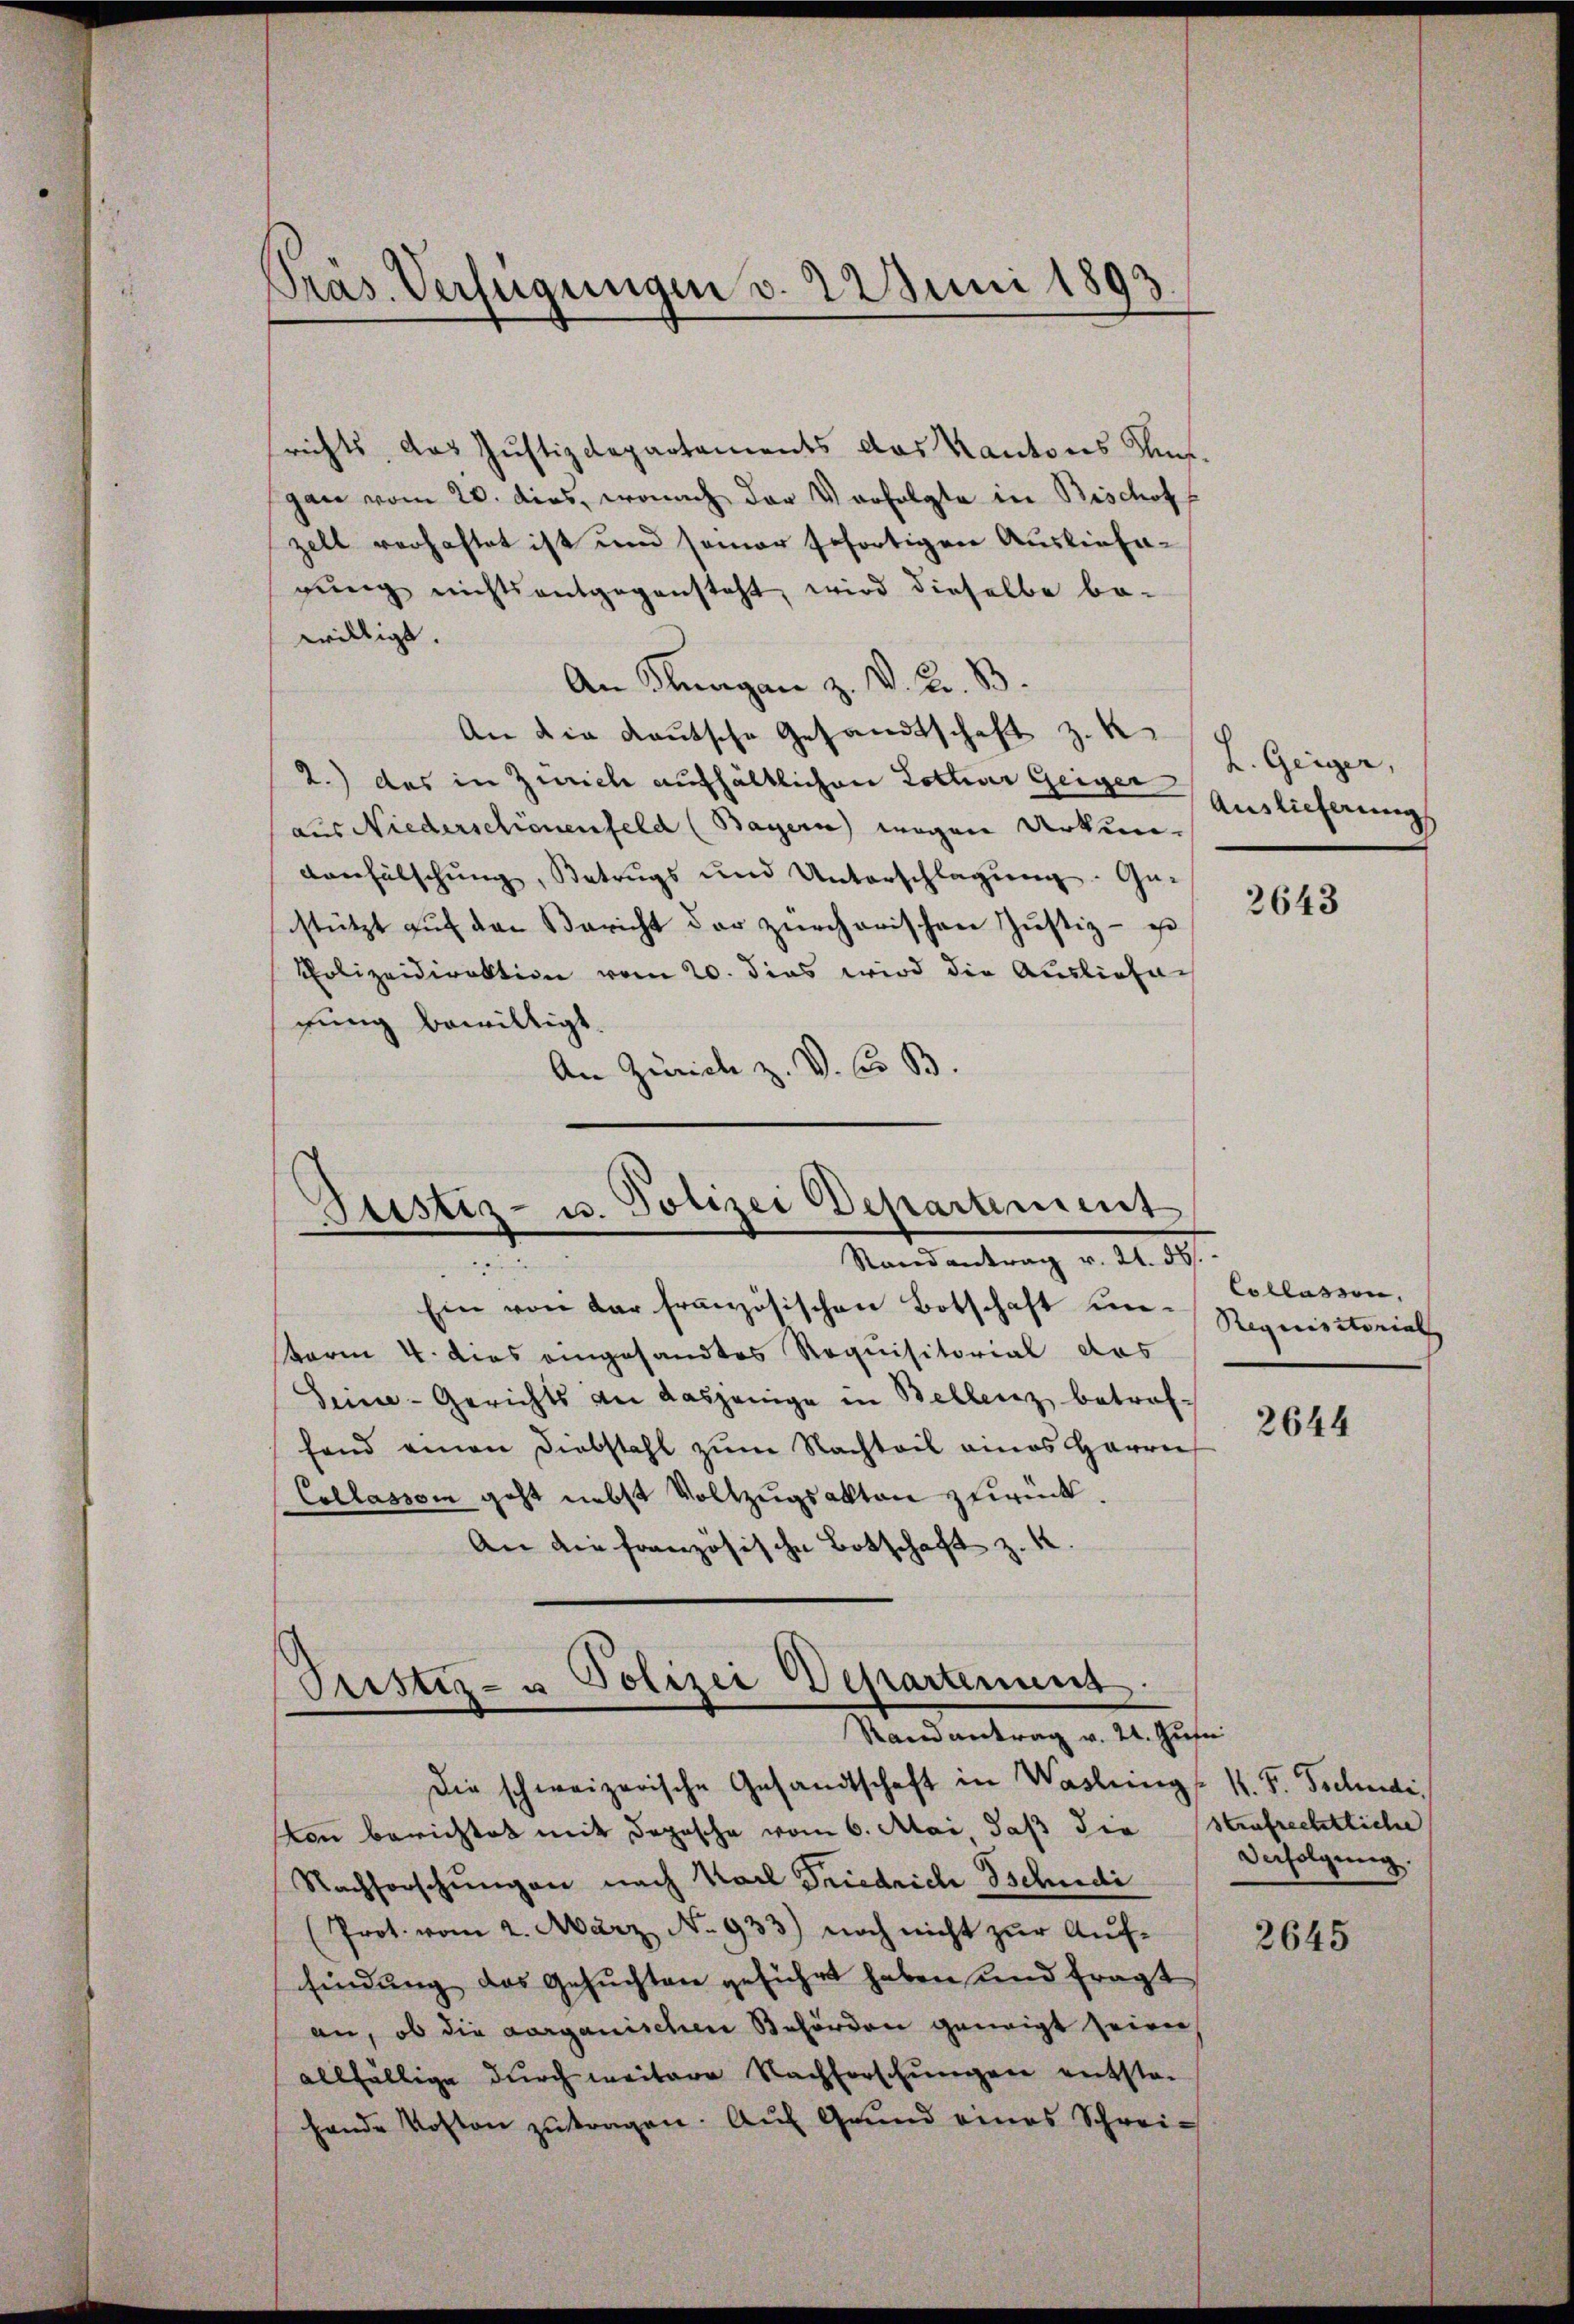
Präs. Verfügungen v. 22 Juni 1893

srichts, das Justizdepartements das Kantons Aus-
gan vom 20. dies, wonach der Vorfolgte in Bischof
zell verhaftet ist und seiner sofortigen Ausliefegung nichtsantgegensteht, wird dieselbe be-
willigt.
An Fragen z. V. K. B.
An die Kautsche Gesandtschaft z. R.
2.) das in Zürich aufhältlichen Lothur Geiger Auslieferung
aus Niederschienenfeld (Bayern) wegen Urkun¬
Canfälschung, Betrugs und Unterschlagung. Ge-
stützt auf den Bericht der zürcherischen Justiz- u
Polizeidirektion vom 20. dies wird die Ausliefer
gung bewilligt.
An Zürich z. V. C. B.

Justiz- u. Polizei Departement
Randantrag v. 21. ds.

Ptistiz- u Polizei Departenung.
Randantrag v. 21. Jus

Ein von der französischen Botschaft un¬
Form 4. dies eingesandtes Requisitorial das
Seine-Gerichts an dasjenige in Bellenz betreffand einen Diebstahl zum Nachteil eines Herrn
Collasson geht nebst Vollzugsakten zurück.
An die französische Botschaft z. K.

L. Geiger,

Die schweizerische Gesandtschaft in Washing
kon berichtet mit Depesche vom 6. Mai, daß die Strafrechtliche
Nachforschungen nach Karl Friedrich Tschudi
(Prot. vom 2. März No. 933) noch nicht zŭr Aŭf-
findung des Gesuchten geführt haben und fragt
an, ob die vorganische Behörden geneigt seien,
allfällige durch weitere Nachforschungen entstan
hande Kosten zŭtragen. Auf Grund eines Schrei¬

2643

Entlassen,
Requisitorial

2644

V. P. Tschudi
Verfolgung.

2645